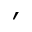
^ \prime